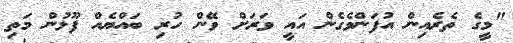
"މީގެ ތެރެއިން އުފަންވެގެން އައީ ވަރަށް ވޭން ހުރި ބައްޔެއް ފޫޅުން މަތި